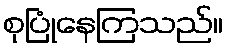
စုပြုံနေကြသည်။